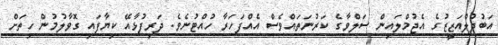
އަބުދުލްއަޒީޒުގެ އެޖުމްލައިން ސަލްވާގެ ކަރުނަތައްވެސް އެއްފަހަރާ ހުއްޓުނެވެ. ދަރިފުޅާއޭ ކިޔާފައި ގޮވާލުމުން ހިތަށް